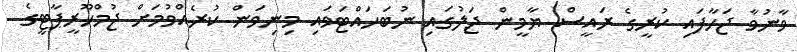
ވާނުވާ ޖަހާފައި ކުރީގެ ރައީސް ޔާމީން ޖަލުގައި ނުބަހައްޓަވައި މިނިވަން ކުރެއްވުމަށް ޖުމްހޫރީޕާޓީގެ